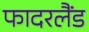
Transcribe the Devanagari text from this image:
फादरलैंड